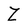
Character: Z